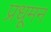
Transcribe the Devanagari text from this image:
प्रधूमन